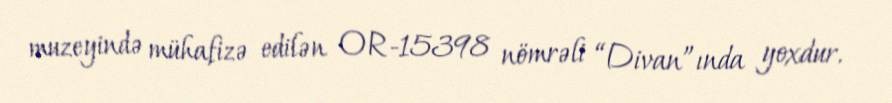
muzeyində mühafizə edilən OR-15398 nömrəli “Divan”ında yoxdur.